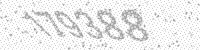
Solution: 179388